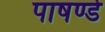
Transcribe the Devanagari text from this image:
पाषण्डे